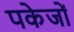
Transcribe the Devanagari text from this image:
पकेजों